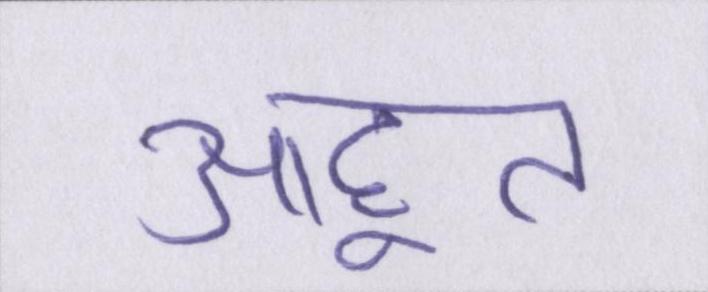
आहूत